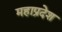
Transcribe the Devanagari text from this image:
महाप्रदेश